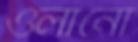
ওলানো